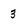
Character: 3